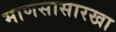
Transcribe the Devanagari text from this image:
माणसासारखा